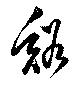
谿